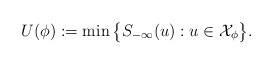
\begin{align*}U(\phi):= \min\big\{S_{-\infty}(u): u\in \mathcal{X}_\phi\big\}.\end{align*}